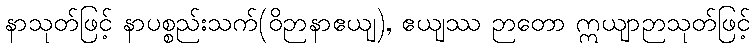
နာသုတ်ဖြင့် နာပစ္စည်းသက်(ဝိဉာနာဧယျ), ဧယျဿ ဉာတော ဣယျာဉာသုတ်ဖြင့်